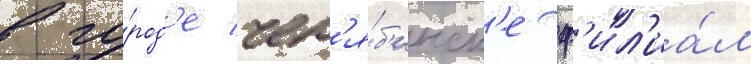
в го́род'е чел'я́б'инск'е ф'ил'иа́л